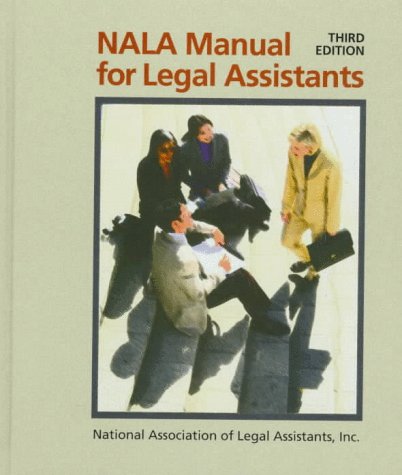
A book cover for NALA Manual for Legal Assistants; National Association of Legal Assistants; Law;